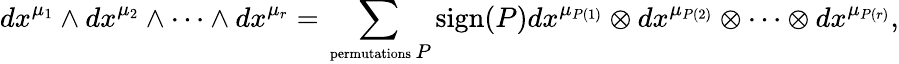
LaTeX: dx^{\mu_{1}}\wedge dx^{\mu_{2}}\wedge\cdots\wedge dx^{\mu_{r}}=\sum_{\mathrm{{\scriptsize~permutations}}\, P}\mathrm{sign}(P)dx^{\mu_{P(1)}}\otimes dx^{\mu_{P(2)}}\otimes\cdots\otimes dx^{\mu_{P(r)}},